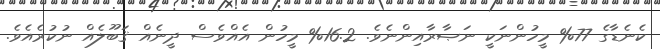
ކެނެޑާގެ 77% މީހުންނަކީ ނަޞާރާއިންނެވެ. 16.2% މީހުން އެއްވެސް ދީނެއް ޤަބޫލެއް ނުކުރެއެވެ.